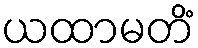
ယထာမတိံ